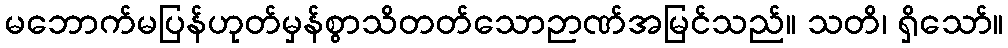
မဘောက်မပြန်ဟုတ်မှန်စွာသိတတ်သောဉာဏ်အမြင်သည်။ သတိ၊ ရှိသော်။